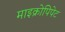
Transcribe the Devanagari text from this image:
माइक्रोपिपेट